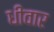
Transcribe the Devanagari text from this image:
धीवार